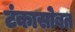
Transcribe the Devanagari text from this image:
टंकासोबत